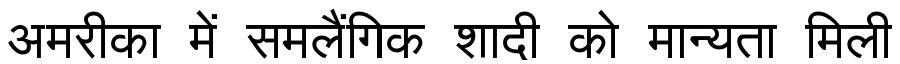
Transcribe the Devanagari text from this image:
अमरीका में समलैंगिक शादी को मान्यता मिली